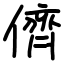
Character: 儕